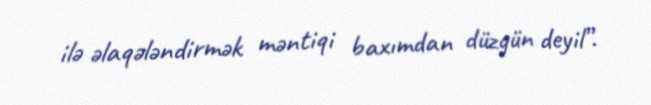
ilə əlaqələndirmək məntiqi baxımdan düzgün deyil”.